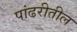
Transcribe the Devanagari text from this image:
पांढरीतील